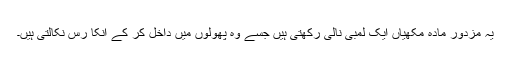
یہ مزدور مادہ مکھیاں ایک لمبی نالی رکھتی ہیں جسے وہ پھولوں میں داخل کر کے انکا رس نکالتی ہیں۔